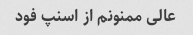
عالی ممنونم از اسنپ فود